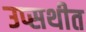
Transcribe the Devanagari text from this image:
उप्सथीत